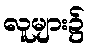
လူများ၌